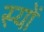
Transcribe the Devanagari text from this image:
स्यों